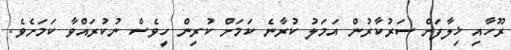
ރޫހާއި ޚިލާފަަށް ސަރުކާރުން އަމަލު ކުރާނެ ކަމަށް ކުރިން ހީވެސް ނުކުރައްވާ ކަމަށެވެ.